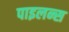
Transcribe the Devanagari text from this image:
पाइलन्स